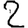
Digit: 2